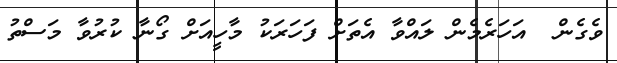
ވެގެން  އަހަރެމެން ލައްވާ އެތަށް ފަހަރަކު މާހީއަށް ގޯނާ ކުރުވާ މަސްތު